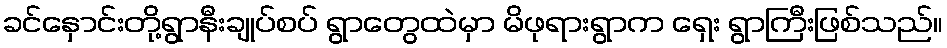
ခင်နှောင်းတို့ရွာနီးချုပ်စပ် ရွာတွေထဲမှာ မိဖုရားရွာက ရှေး ရွာကြီးဖြစ်သည်။